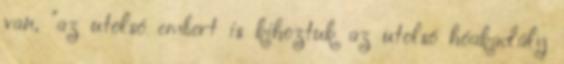
van, "az utolsó embert is kihoztuk az utolsó hóakadály